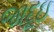
જાદૂઇ